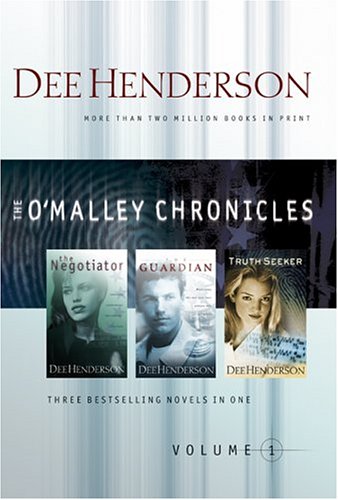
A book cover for The O'Malley Chronicles, Volume 1 (Three novels in one volume: The Negotiator / The Guardian / The Truth Seeker); Dee Henderson; Religion & Spirituality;